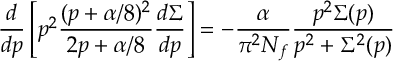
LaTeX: { \frac { d } { d p } } \left[ p ^ { 2 } \frac { ( p + \alpha / 8 ) ^ { 2 } } { 2 p + \alpha / 8 } \frac { d \Sigma } { d p } \right] = - \frac { \alpha } { \pi ^ { 2 } N _ { f } } \frac { p ^ { 2 } \Sigma ( p ) } { p ^ { 2 } + \Sigma ^ { 2 } ( p ) }